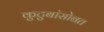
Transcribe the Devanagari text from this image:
कुटुबांसोबत